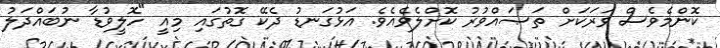
ކޮންމެވެސް ވަރަކަށް ތަޞައްވުރު ކޮށްލެވެއެވެ. އަޅުގަނޑު ދެކޭ ގޮތުގައި މިއީ "ހޮލީވުޑާ ނުބައްދަލު